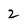
Character: 2